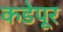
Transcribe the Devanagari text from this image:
कडेपूर